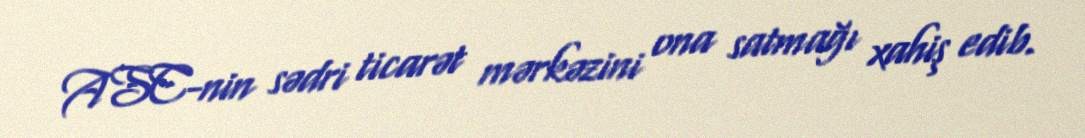
ASC-nin sədri ticarət mərkəzini ona satmağı xahiş edib.